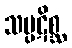
သမ္ပဋိစ္ဆ